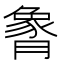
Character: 𬂏